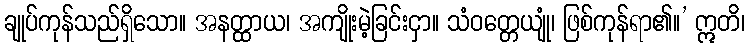
ချုပ်ကုန်သည်ရှိသော။ အနတ္ထာယ၊ အကျိုးမဲ့ခြင်းငှာ။ သံဝတ္တေယျုံ၊ ဖြစ်ကုန်ရာ၏။’ ဣတိ၊